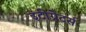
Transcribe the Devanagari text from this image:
इंटीग्रेटर्स